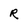
Character: R